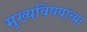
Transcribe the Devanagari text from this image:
मुख्यविषयांच्या